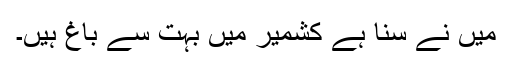
میں نے سُنا ہے کشمیر میں بہت سے باغ ہیں۔